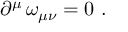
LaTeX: \partial ^ { \mu } \, \omega _ { \mu \nu } = 0 \ .